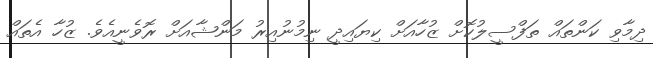
ދިމާވި ކަންތައް ތަފްސީލުކޮށް ޒުހާއަށް ކިޔައިދީ ނިމުނުއިރު މަންޝާއަށް ރޮވެނީއެވެ. ޒުހާ އެތައް